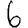
Digit: 6